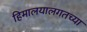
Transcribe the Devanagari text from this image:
हिमालयालगतच्या